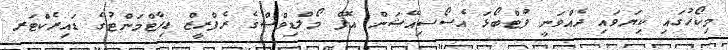
މިކޯހުގައި ކިޔަވައި ދެއްވަނީ ފުޓްބޯޅަ އެސޯސިއޭޝަން އޮފް މޯލްޑިވްސްގެ ރެފްރީޒް ޑިޕާޓްމަންޓުގެ ޑައިރެކްޓަރ